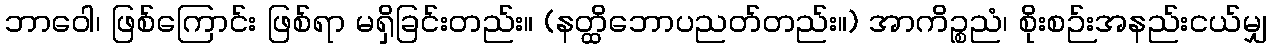
ဘာဝေါ၊ ဖြစ်ကြောင်း ဖြစ်ရာ မရှိခြင်းတည်း။ (နတ္ထိဘောပညတ်တည်း။) အာကိဉ္စညံ၊ စိုးစဉ်းအနည်းငယ်မျှ